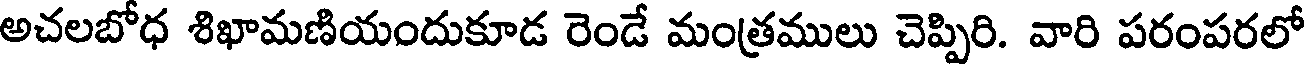
అచలబోధ శిఖామణియందుకూడ రెండే మంత్రములు చెప్పిరి. వారి పరంపరలో